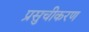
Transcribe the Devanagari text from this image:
प्रसुचीकरण